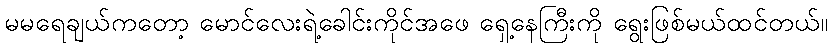
မမရေချယ်ကတော့ မောင်လေးရဲ့ခေါင်းကိုင်အဖေ ရှေ့နေကြီးကို ရွေးဖြစ်မယ်ထင်တယ်။